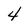
Character: 4